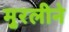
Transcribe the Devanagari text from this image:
मुरलीने